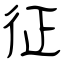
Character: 征